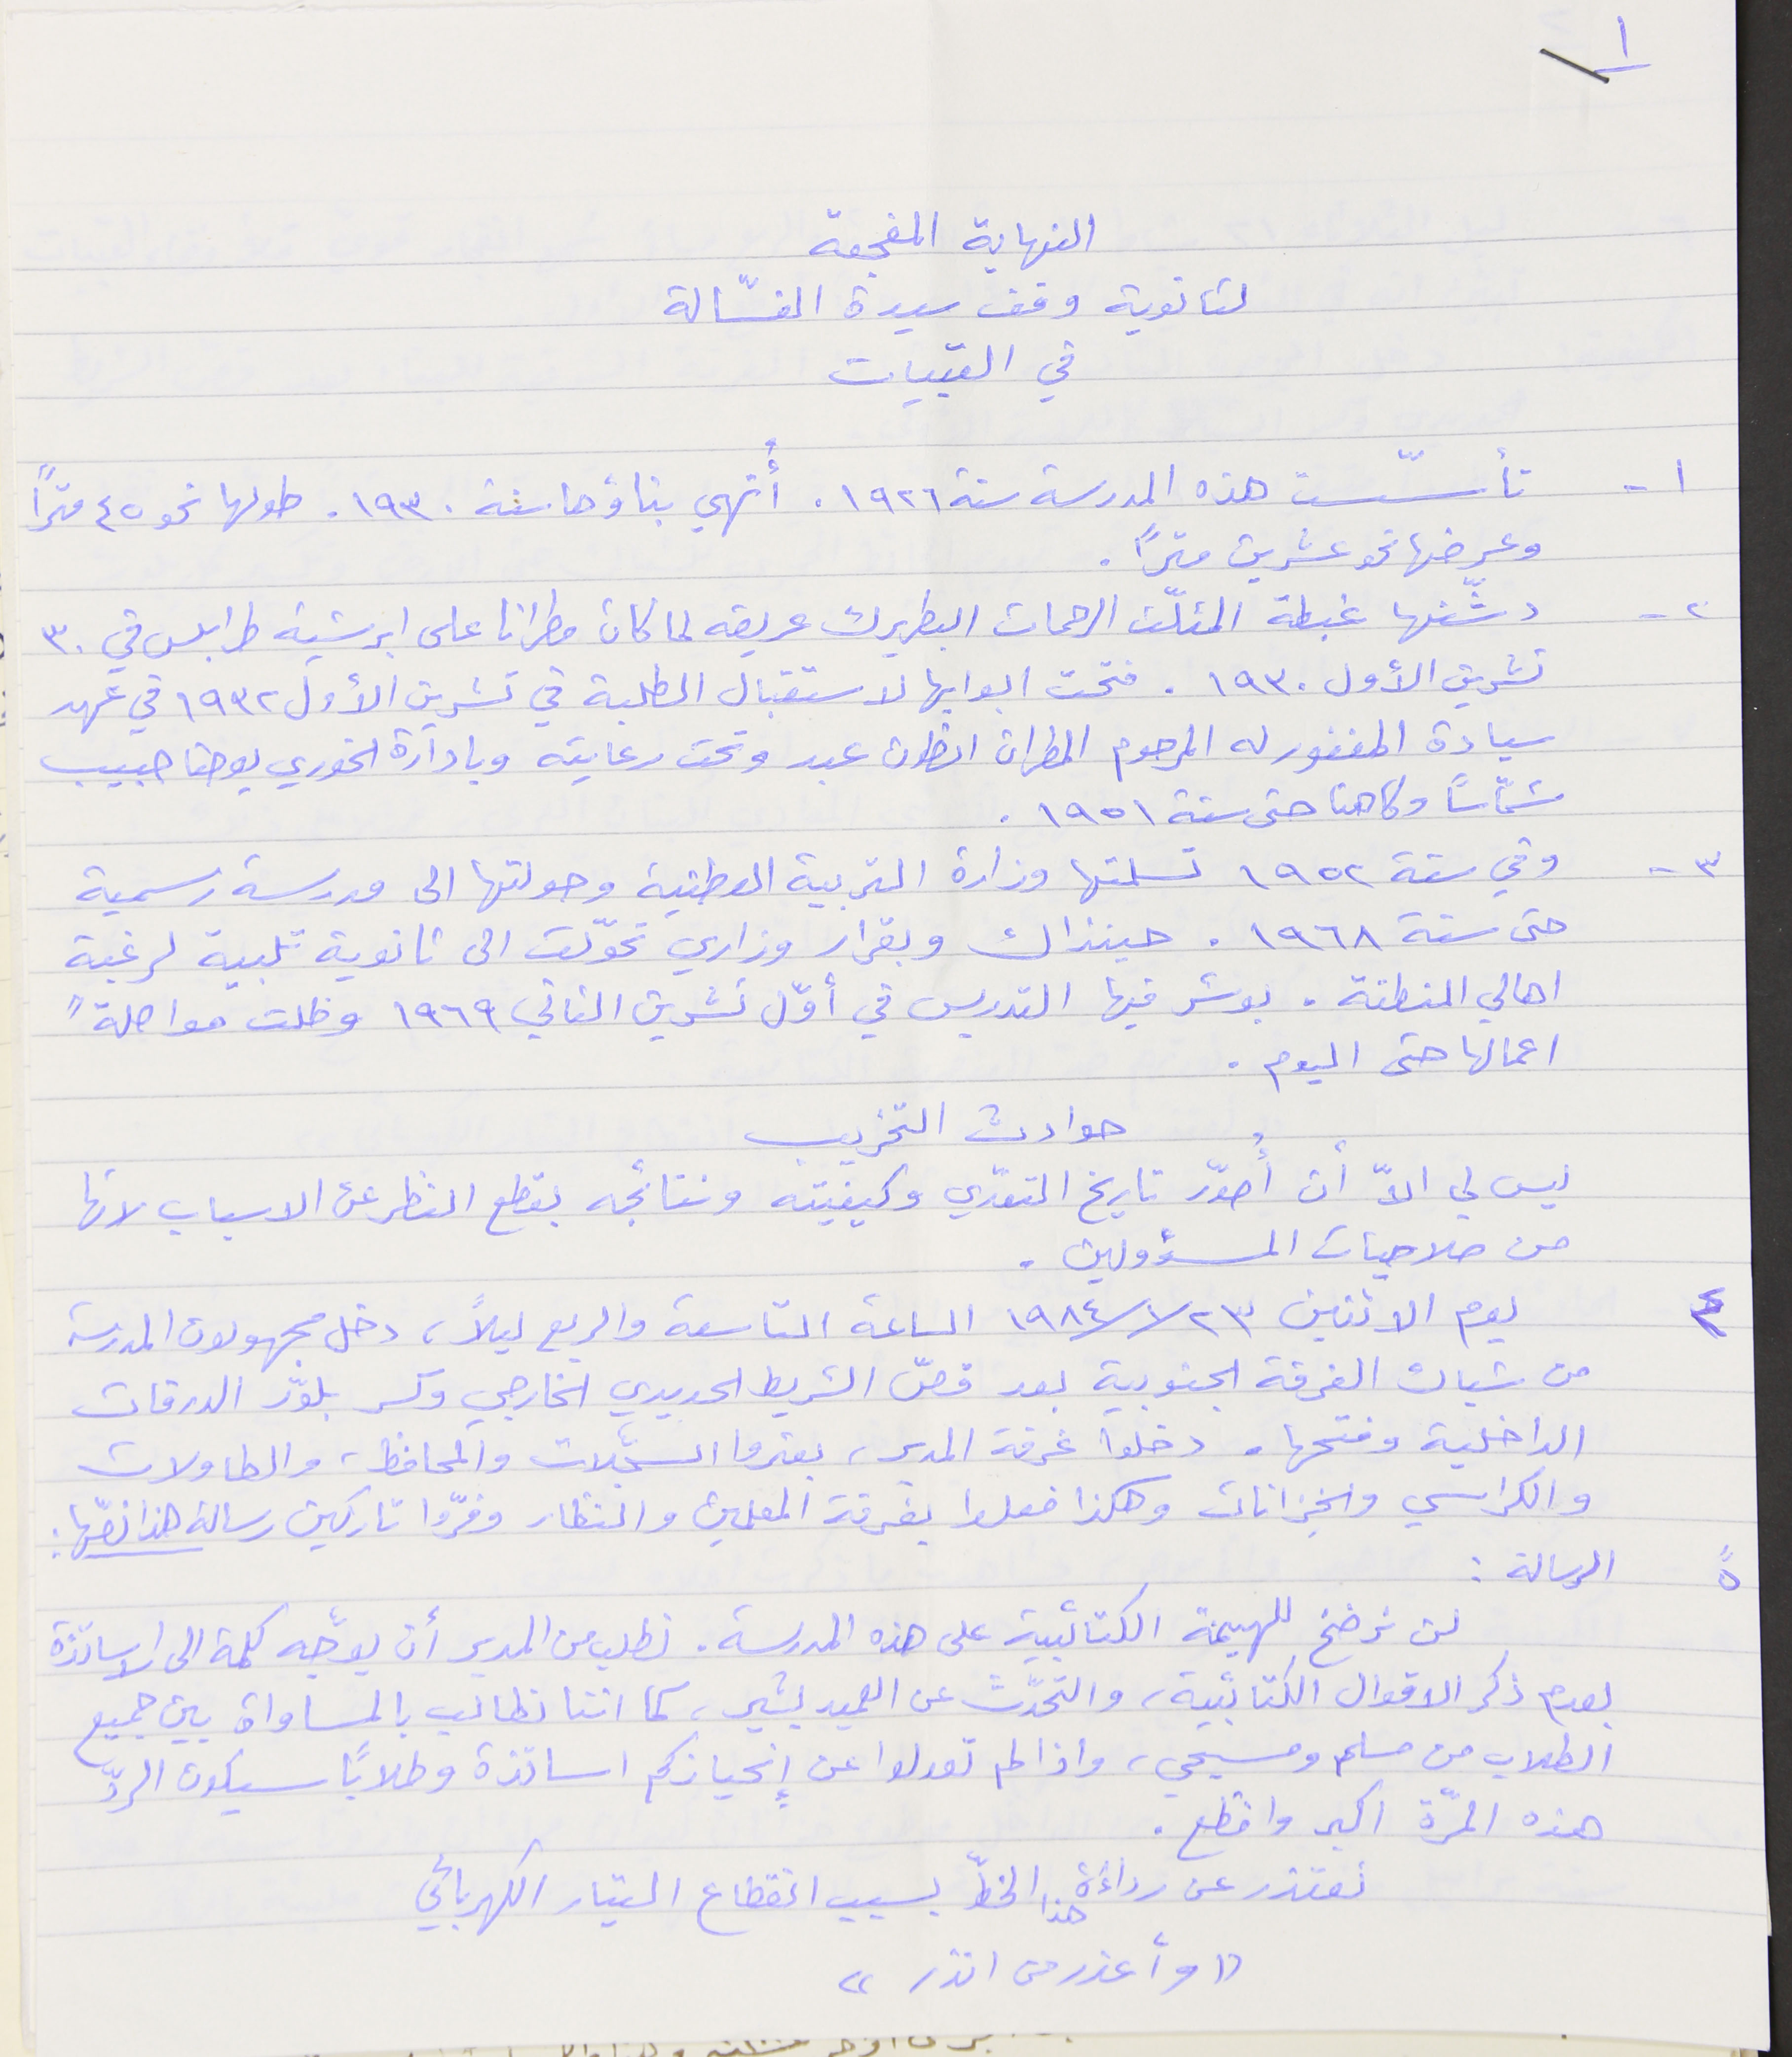
النهاية المفجعة
 لثانوية وقف سيدة الغسّالة
في القبيات
١- تأسّست هذه المدرسة سنة ١٩٢٦. أُنهي بناؤها سنة ١٩٣٠. طولها نحو ٤٥ متراً
وعرضها نحو عشرين متراً.
٢- دشّنها غبطة المثلّث الرحمات البطريرك عريضه لما كان مطراناً على ابرشية طرابلس في ٣٠
تشرين الأول ١٩٣٠. فتحت ابوابها لاستقبال الطلبة في تشرين الأول ١٩٣٢ في عهد
سيادة المغفور له المرحوم المطران انطون عبد وتحت رعايته وبادارة الخوري يوحنا حبيب
شمّاساً وكاهنا حتى سنة ١٩٥١.
٣- وفي سنة ١٩٥٢ تسلمتها وزارة التربية الوطنية وحولتها الى مدرسة رسمية
حتى سنة ١٩٦٨. حينذاك وبقرار وزاري تحوّلت الى ثانوية تلبية لرغبة
اهالي المنطقة. بوشر فيها التدريس في أوّل تشرين الثاني ١٩٦٩ وظلت مواصلةً
اعمالها حتى اليوم .
حوادث التخريب
ليس لي الاّ أن أُصوّر تاريخ التعدّي وكيفيته ونتائجه بقطع النظر عن الاسباب لانها
من صلاحيات المسؤولين .
٤ يوم الاثنين ٢٣ /١٩٨٤/١ الساعة التاسعة والربع ليلاً، دخل مجهولون المدرسة
من شباك الغرفة الجنوبية بعد قصّ الشريط الحديدي الخارجي وكسر بلوّر الدرفات
الداخلية وفتحها. دخلوا غرفة المدير، بعثروا السجّلات والمحافظ، والطاولات
والكراسي والخِزانات وهكذا فعلوا بغرفة المعلمين والنظار وفرّوا تاركين رسالة هذا نصّها :
٥  رسالة :
بعدم ذكر الاقوال الكتائبية، والتحدّث عن العميد بشير، كما اننا نطالب بالمساواة بين جميع
الطلاب من مسلم ومسيحي، واذا لم تعدلوا عن إِنحيازكم اساتذة وطلاباً سيكون الردّ
هذه المرّة اكبر وافظع .
نعتذر عن رداءَة  هذا الخطّ بسبب انقطاع التيار الكهربائي
"وأعذر من انذر"
لن نرضخ للهيمنة الكتائبية على هذه المدرسة. نطلب من المدير ان يوجّه كلمة الى الاساتذة
١